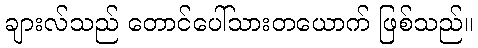
ချားလ်သည် တောင်ပေါ်သားတယောက် ဖြစ်သည်။